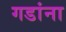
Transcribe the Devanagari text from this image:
गडांना